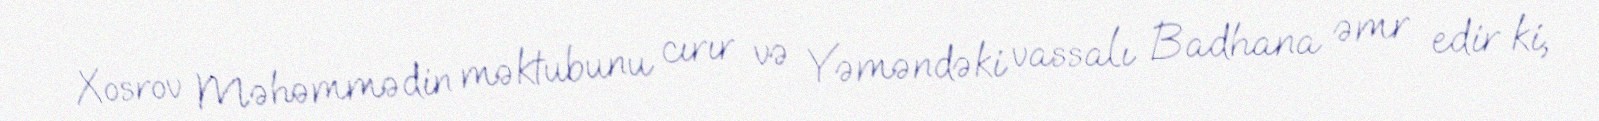
Xosrov Məhəmmədin məktubunu cırır və Yəməndəki vassalı Badhana əmr edir ki,